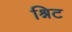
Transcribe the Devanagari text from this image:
श्निट